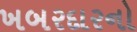
ખબરદારનો